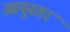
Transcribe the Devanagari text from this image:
आयुस्तर